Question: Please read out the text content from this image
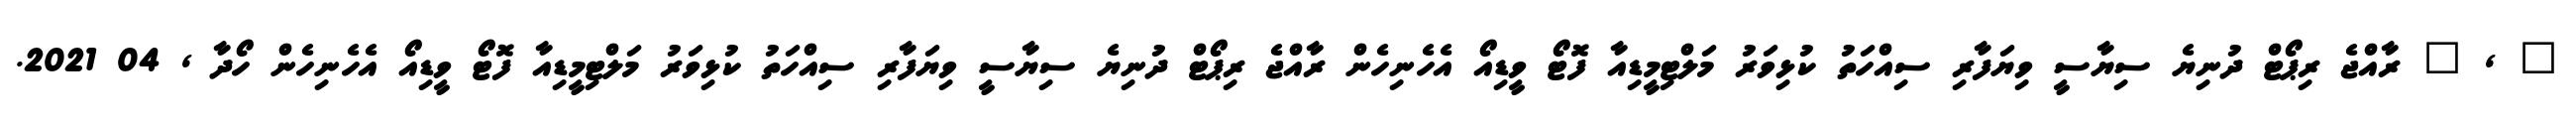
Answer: " , " ރާއްޖެ ރިޕޯޓް ދުނިޔެ ސިޔާސީ ވިޔަފާރި ސިއްހަތު ކުޅިވަރު މަލްޓިމީޑިއާ ފޮޓޯ ވީޑިއޯ އެހެނިހެން ރާއްޖެ ރިޕޯޓް ދުނިޔެ ސިޔާސީ ވިޔަފާރި ސިއްހަތު ކުޅިވަރު މަލްޓިމީޑިއާ ފޮޓޯ ވީޑިއޯ އެހެނިހެން ހޯދާ , 04 2021.